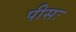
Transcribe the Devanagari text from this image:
पीसः